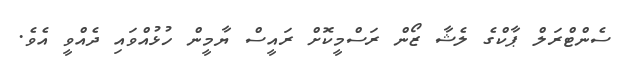
ސެންޓްރަލް ޕާކްގެ ލެޝާ ޒޯން ރަސްމީކޮށް ރައީސް ޔާމީން ހުޅުއްވައި ދެއްވީ އެވެ.